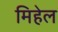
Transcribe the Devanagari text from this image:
मिहेल